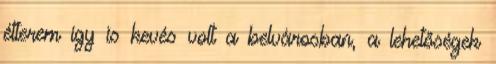
étterem így is kevés volt a belvárosban, a lehetőségek